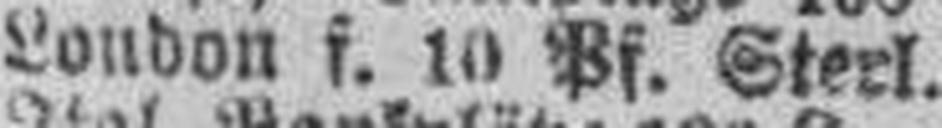
London f. 10 Pf. Sterl.